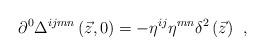
LaTeX: \begin{align*}\partial ^0\Delta ^{ijmn}\left( \vec z,0\right) =-\eta^{ij}\eta ^{mn}\delta ^2\left( \vec z\right) \;\,,\end{align*}